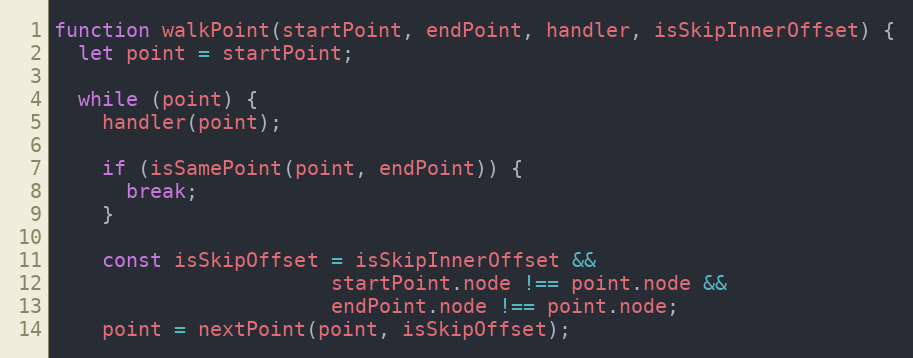
Language: JavaScript
function walkPoint(startPoint, endPoint, handler, isSkipInnerOffset) {
  let point = startPoint;

  while (point) {
    handler(point);

    if (isSamePoint(point, endPoint)) {
      break;
    }

    const isSkipOffset = isSkipInnerOffset &&
                       startPoint.node !== point.node &&
                       endPoint.node !== point.node;
    point = nextPoint(point, isSkipOffset);